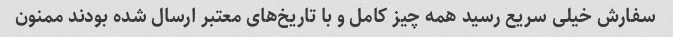
سفارش خیلی سریع رسید همه چیز کامل و با تاریخ‌های معتبر ارسال شده بودند ممنون